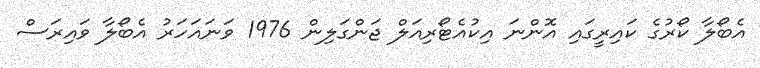
އެބޯލާ ކޯރުގެ ކައިރީގައި އޮންނަ އިކުއެޓޯރިއަލް ޖަންގަލިން 1976 ވަނައަހަރު އެބޯލާ ވައިރަސް